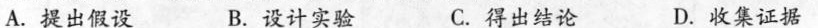
A.提出假设 B.设计实验 C.得出结论 D.收集证据